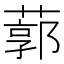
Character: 𦹐